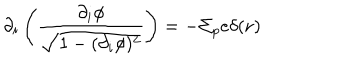
LaTeX: \partial _ { i } \left( \frac { \partial _ { i } \phi } { \sqrt { 1 - ( \partial _ { i } \phi ) ^ { 2 } } } \right) = - \Sigma _ { p } e \delta ( { \bf r } )